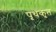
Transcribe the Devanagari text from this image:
पृथकृत